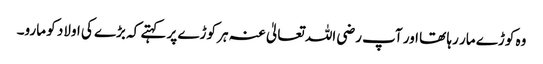
وہ کوڑے مار رہا تھا اور آپ رضی اللہ تعالیٰ عنہ ہر کوڑے پر کہتے کہ بڑے کی اولاد کو مارو۔